Vaccination North-Western Provinces 1866-1877 - 1866-1877
Year: 1866
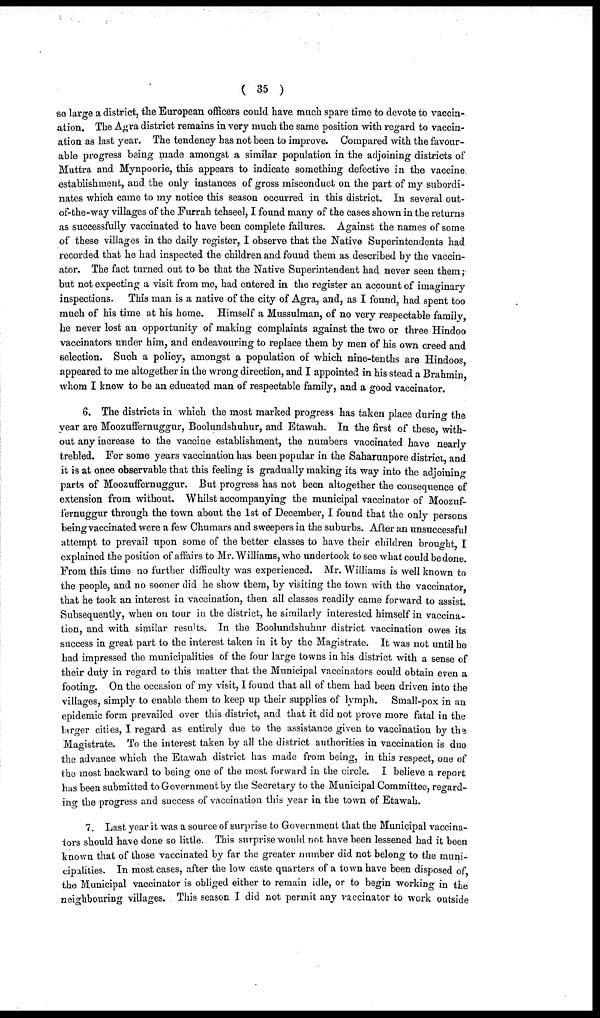
( 35 )
so large a district, the European officers could have much spare time to devote to vaccin-
ation. The Agra district remains in very much the same position with regard to vaccin-
ation as last year. The tendency has not been to improve. Compared with the favour-
able progress being made amongst a similar population in the adjoining districts of
Muttra and Mynpoorie, this appears to indicate something defective in the vaccine
establishment, and the only instances of gross misconduct on the part of my subordi-
nates which came to my notice this season occurred in this district. In several out-
of-the-way villages of the Furrah tehseel, I found many of the cases shown in the returns
as successfully vaccinated to have been complete failures. Against the names of some
of these villages in the daily register, I observe that the Native Superintendents had
recorded that he had inspected the children and found them as described by the vaccin¬
ator. The fact turned out to be that the Native Superintendent had never seen them;
but not expecting a visit from me, had entered in the register an account of imaginary
inspections. This man is a native of the city of Agra, and, as I found, had spent too
much of his time at his home. Himself a Mussulman, of no very respectable family,
he never lost an opportunity of making complaints against the two or three Hindoo
vaccinators under him, and endeavouring to replace them by men of his own creed and
selection. Such a policy, amongst a population of which nine-tenths are Hindoos
appeared to me altogether in the wrong direction, and I appointed in his stead a Brahmin,
whom I knew to be an educated man of respectable family, and a good vaccinator.
6. The districts in which the most marked progress has taken place during the
year are Moozuffernuggur, Boolundshuhur, and Etawah. In the first of these, with-
out any increase to the vaccine establishment, the numbers vaccinated have nearly
trebled. For some years vaccination has been popular in the Saharunpore district, and
it is at once observable that this feeling is gradually making its way into the adjoining
parts of Moozuffernuggur. But progress has not been altogether the consequence of
extension from without. Whilst accompanying the municipal vaccinator of Moozuf-
fernuggur through the town about the 1st of December, I found that the only persons
being vaccinated were a few Chumars and sweepers in the suburbs. After an unsuccessful
attempt to prevail upon some of the better classes to have their children brought, I
explained the position of affairs to Mr. Williams, who undertook to see what could be done.
From this time no further difficulty was experienced. Mr. Williams is well known to
the people, and no sooner did he show them, by visiting the town with the vaccinator,
that he took an interest in vaccination, then all classes readily came forward to assist.
Subsequently, when on tour in the district, he similarly interested himself in vaccina-
tion, and with similar results. In the Boolundshuhur district vaccination owes its
success in great part to the interest taken in it by the Magistrate. It was not until he
had impressed the municipalities of the four large towns in his district with a sense of
their duty in regard to this matter that the Municipal vaccinators could obtain even a
footing. On the occasion of my visit, I found that all of them had been driven into the
villages, simply to enable them to keep up their supplies of lymph. Small-pox in an
epidemic form prevailed over this district, and that it did not prove more fatal in the
larger cities, I regard as entirely due to the assistance given to vaccination by the
Magistrate. To the interest taken by all the district authorities in vaccination is due
the advance which the Etawah district has made from being, in this respect, one of
the most backward to being one of the most forward in the circle. I believe a report
has been submitted to Government by the Secretary to the Municipal Committee, regard-
ing the progress and success of vaccination this year in the town of Etawah.
7. Last year it was a source of surprise to Government that the Municipal vaccina-
tors should have done so little. This surprise would not have been lessened had it been
known that of those vaccinated by far the greater number did not belong to the muni-
cipalities. In most cases, after the low caste quarters of a town have been disposed of,
the Municipal vaccinator is obliged either to remain idle, or to begin working in the
neighbouring villages. This season I did not permit any vaccinator to work outside